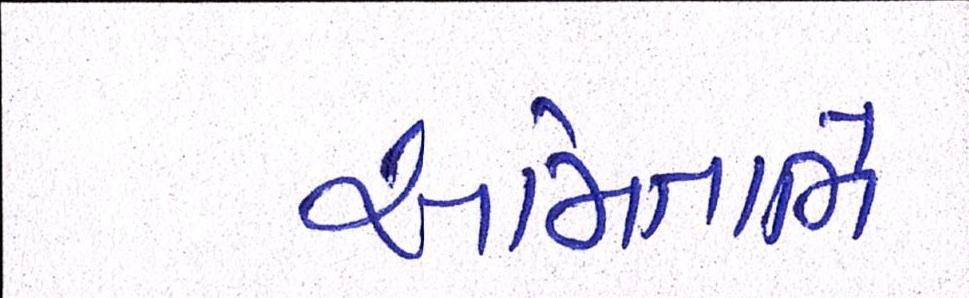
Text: અમિતાભે